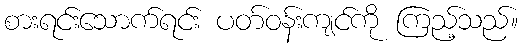
စားရင်းသောက်ရင်း ပတ်ဝန်းကျင်ကို ကြည့်သည်။